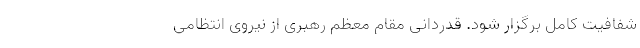
شفافیت کامل برگزار شود. قدردانی مقام معظم رهبری از نیروی انتظامی